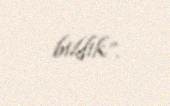
bildik”.